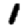
Digit: 1